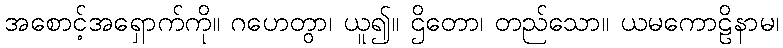
အစောင့်အရှောက်ကို။ ဂဟေတွာ၊ ယူ၍။ ဌိတော၊ တည်သော။ ယမကောဠိနာမ၊